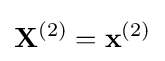
\mathbf {X} ^{(2)}=\mathbf {x} ^{(2)}